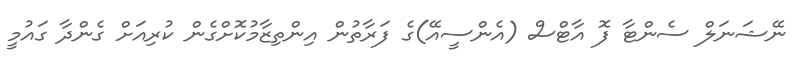
ނޭޝަނަލް ސެންޓާ ފޮ އާޓްސް (އެންސީއޭ)ގެ ފަރާތުން އިންތިޒާމުކޮށްގެން ކުރިއަށް ގެންދާ ގައުމީ